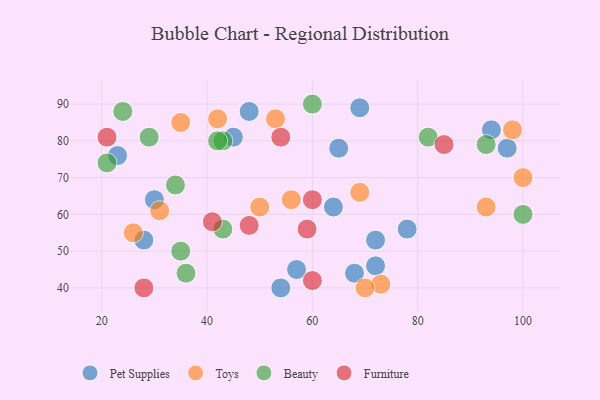
{"axis": {"x": "GDP", "y": "Life Expectancy"}, "legend": ["Beauty", "Furniture", "Pet Supplies", "Toys"], "data": [{"x": "45", "y": 81, "type": "Pet Supplies"}, {"x": "23", "y": 76, "type": "Pet Supplies"}, {"x": "94", "y": 83, "type": "Pet Supplies"}, {"x": "64", "y": 62, "type": "Pet Supplies"}, {"x": "57", "y": 45, "type": "Pet Supplies"}, {"x": "78", "y": 56, "type": "Pet Supplies"}, {"x": "30", "y": 64, "type": "Pet Supplies"}, {"x": "48", "y": 88, "type": "Pet Supplies"}, {"x": "65", "y": 78, "type": "Pet Supplies"}, {"x": "97", "y": 78, "type": "Pet Supplies"}, {"x": "72", "y": 53, "type": "Pet Supplies"}, {"x": "72", "y": 46, "type": "Pet Supplies"}, {"x": "54", "y": 40, "type": "Pet Supplies"}, {"x": "28", "y": 53, "type": "Pet Supplies"}, {"x": "69", "y": 89, "type": "Pet Supplies"}, {"x": "68", "y": 44, "type": "Pet Supplies"}, {"x": "56", "y": 64, "type": "Toys"}, {"x": "53", "y": 86, "type": "Toys"}, {"x": "100", "y": 70, "type": "Toys"}, {"x": "93", "y": 62, "type": "Toys"}, {"x": "73", "y": 41, "type": "Toys"}, {"x": "31", "y": 61, "type": "Toys"}, {"x": "98", "y": 83, "type": "Toys"}, {"x": "42", "y": 86, "type": "Toys"}, {"x": "69", "y": 66, "type": "Toys"}, {"x": "35", "y": 85, "type": "Toys"}, {"x": "50", "y": 62, "type": "Toys"}, {"x": "26", "y": 55, "type": "Toys"}, {"x": "70", "y": 40, "type": "Toys"}, {"x": "34", "y": 68, "type": "Beauty"}, {"x": "82", "y": 81, "type": "Beauty"}, {"x": "43", "y": 80, "type": "Beauty"}, {"x": "29", "y": 81, "type": "Beauty"}, {"x": "93", "y": 79, "type": "Beauty"}, {"x": "35", "y": 50, "type": "Beauty"}, {"x": "60", "y": 90, "type": "Beauty"}, {"x": "43", "y": 56, "type": "Beauty"}, {"x": "36", "y": 44, "type": "Beauty"}, {"x": "42", "y": 80, "type": "Beauty"}, {"x": "100", "y": 60, "type": "Beauty"}, {"x": "24", "y": 88, "type": "Beauty"}, {"x": "21", "y": 74, "type": "Beauty"}, {"x": "48", "y": 57, "type": "Furniture"}, {"x": "28", "y": 40, "type": "Furniture"}, {"x": "60", "y": 64, "type": "Furniture"}, {"x": "21", "y": 81, "type": "Furniture"}, {"x": "41", "y": 58, "type": "Furniture"}, {"x": "59", "y": 56, "type": "Furniture"}, {"x": "60", "y": 42, "type": "Furniture"}, {"x": "54", "y": 81, "type": "Furniture"}, {"x": "85", "y": 79, "type": "Furniture"}]}